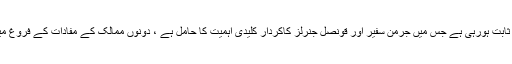
اس موقع پر گورنرسندھ نے کہا کہ پاک جرمنی دوطرفہ تعلقات کے استحکام میں سفارت کاری معاون ثابت ہورہی ہے جس میں جرمن سفیر اور قونصل جنرلز کاکردار کلیدی اہمیت کا حامل ہے ، دونوں ممالک کے مفادات کے فروغ میں پاکستان میں تعینات جرمن سفارت کار قابل ستائش خدمات انجام دے رہے ہیں جو کہ خوش آئند ہے ۔